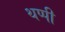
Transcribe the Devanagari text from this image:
थप्पी